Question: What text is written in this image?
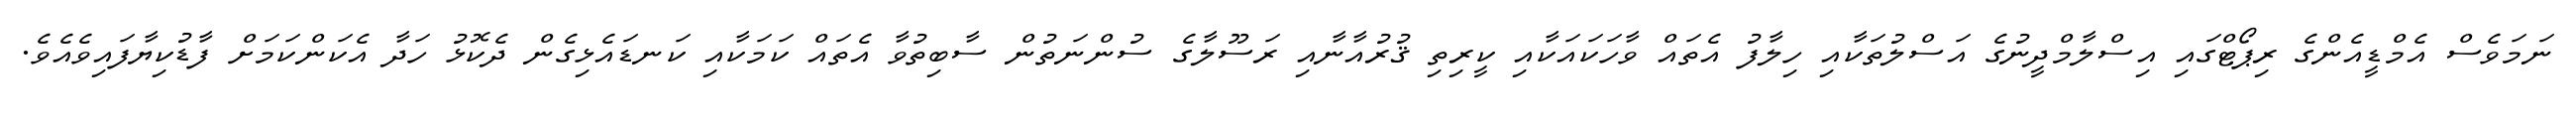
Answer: ނަމަވެސް އެމްޑީއެންގެ ރިޕޯޓްގައި އިސްލާމްދީނުގެ އަސްލުތަކާއި ހިލާފު އެތައް ވާހަކައަކާއި ކީރިތި ޤުރުއާނާއި ރަސޫލާގެ ސުންނަތުން ސާބިތުވާ އެތައް ކަމަކާއި ކަނޑައެޅިގެން ދެކޮޅު ހަދާ އެކަންކަމަށް ފާޑުކިޔާފައިވެއެވެ.